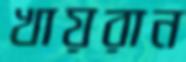
খায়রান